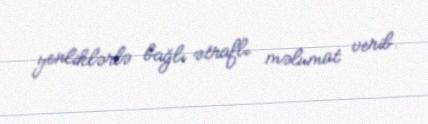
yenliklərlə bağlı ətraflı məlumat verib.